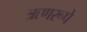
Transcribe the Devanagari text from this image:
ऋणरूपे